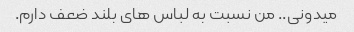
میدونی.. من نسبت به لباس های بلند ضعف دارم.